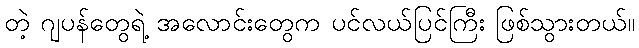
တဲ့ ဂျပန်တွေရဲ့ အလောင်းတွေက ပင်လယ်ပြင်ကြီး ဖြစ်သွားတယ်။